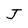
Character: J